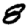
Digit: 8